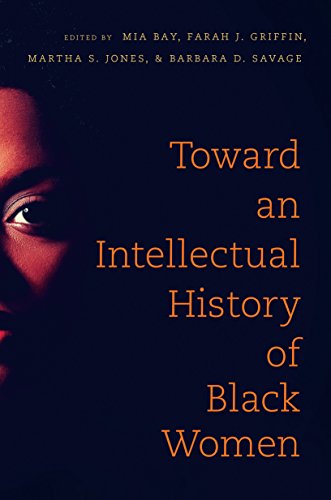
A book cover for Toward an Intellectual History of Black Women (The John Hope Franklin Series in African American History and Culture); Literature & Fiction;